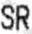
SR